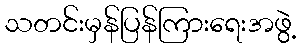
သတင်းမှန်ပြန်ကြားရေးအဖွဲ့